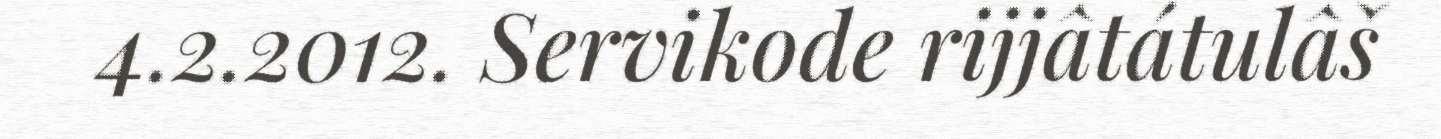
4.2.2012. Servikode rijjâtátulâš